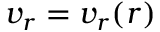
v _ { r } = v _ { r } ( r )